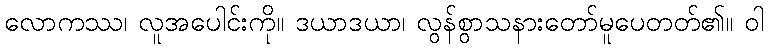
လောကဿ၊ လူအပေါင်းကို။ ဒယာဒယာ၊ လွန်စွာသနားတော်မူပေတတ်၏။ ဝါ